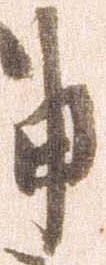
申